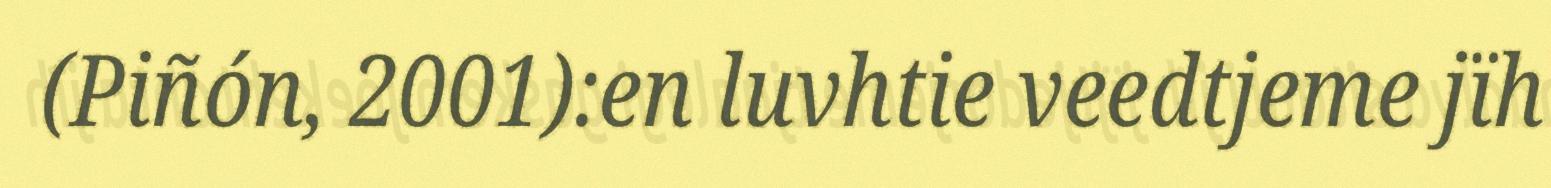
(Piñón, 2001):en luvhtie veedtjeme jïh